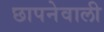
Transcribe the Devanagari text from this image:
छापनेवाली